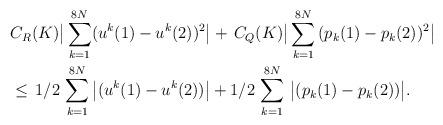
LaTeX: \begin{align*}& C_R(K)\big|\sum^{8N}_{k=1}(u^k(1)-u^k(2))^2\big|+\, C_Q(K) \big|\sum^{8N}_{k=1}\,(p_k(1)-p_k(2))^2\big|\\& \leq \,1/2\,\sum^{8N}_{k=1}\big|(u^k(1)-u^k(2))\big|+ 1/2\,\sum^{8N}_{k=1}\,\big|(p_k(1)-p_k(2))\big|.\end{align*}